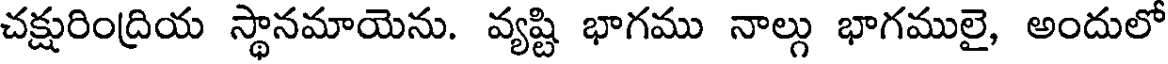
చక్షురింద్రియ స్థానమాయెను. వ్యష్టి భాగము నాల్గు భాగములై, అందులో